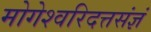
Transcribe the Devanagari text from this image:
मोगेश्वरिदत्तसंज्ञं